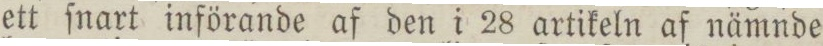
ett ſnart införande af den i 28 artikeln af nämnde